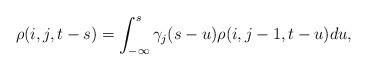
LaTeX: \begin{align*}\rho(i,j,t-s)=\int_{-\infty}^{s}\gamma_{j}(s-u)\rho(i,j-1,t-u)du,\end{align*}